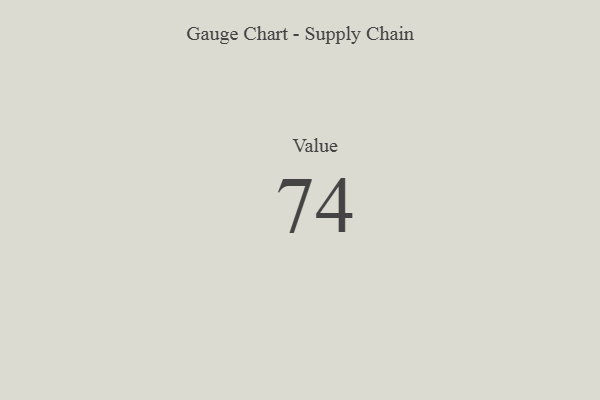
{"axis": {"x": "Metric", "y": "Value"}, "legend": [""], "data": [{"x": "Value", "y": 74, "type": ""}]}